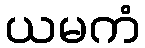
ယမကံ